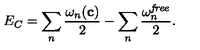
E _ { C } = \sum _ { n } { \frac { \omega _ { n } ( { \bf c } ) } { 2 } } - \sum _ { n } { \frac { \omega _ { n } ^ { \it f r e e } } { 2 } } .